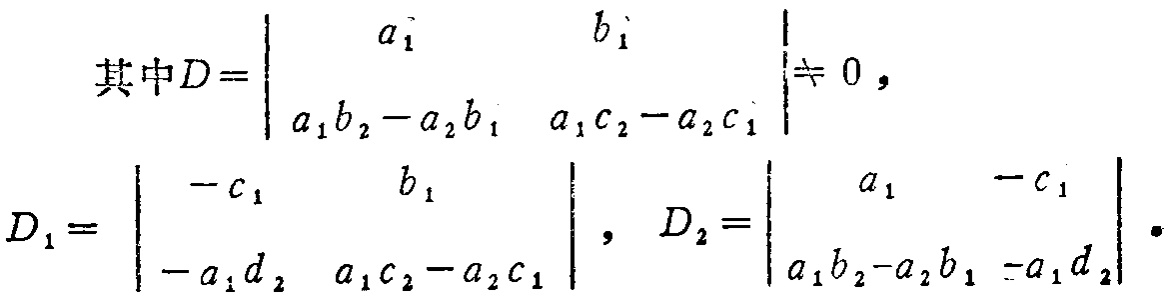
\[

\begin{align*}

\text{其中}D&=\begin{vmatrix}

a_1 & b_1 \\

a_1b_2 - a_2b_1 & a_1c_2 - a_2c_1

\end{vmatrix}\neq 0,\\

D_1&=\begin{vmatrix}

-c_1 & b_1 \\

-a_1d_2 & a_1c_2 - a_2c_1

\end{vmatrix},\\

D_2&=\begin{vmatrix}

a_1 & -c_1 \\

a_1b_2 - a_2b_1 & -a_1d_2

\end{vmatrix}.

\end{align*}

\]